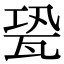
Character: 㼦